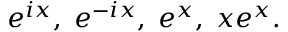
e ^ { i x } , \; e ^ { - i x } , \; e ^ { x } , \; x e ^ { x } .